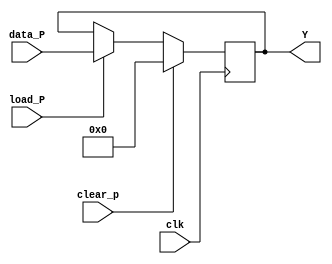
`timescale 1ns / 1ps
//////////////////////////////////////////////////////////////////////////////////
// Company: 
// Engineer: 
// 
// Design Name: 
// Module Name:    Reg2 
// Project Name: 
// Target Devices: 
// Tool versions: 
// Description: 
//
// Dependencies: 
//
// Revision: 
// Revision 0.01 - File Created
// Additional Comments: 
//
//////////////////////////////////////////////////////////////////////////////////
module Reg2(input clk,load_P,clear_p,
	    input[15:0]data_P,output reg[15:0]Y
    );
always @(posedge clk)
	begin
		if(clear_p)
		Y <= 16'h0000;
		else if(load_P)
		Y <= data_P;
	end
endmodule